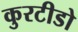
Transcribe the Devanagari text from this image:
कुरटीडो